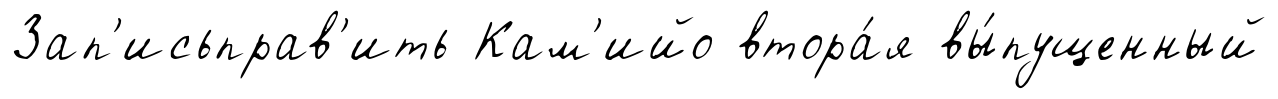
Зап'исьправ'ить Кам'ийо втора́я вы́пущенный